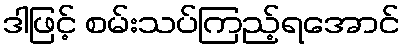
ဒါဖြင့် စမ်းသပ်ကြည့်ရအောင်